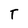
Character: T